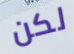
لكن